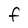
Character: F